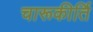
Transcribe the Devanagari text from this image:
चारूकीर्ति